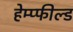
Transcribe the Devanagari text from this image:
हेम्प्फील्ड